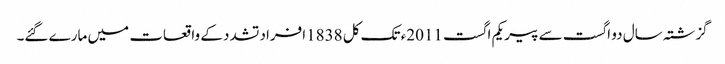
گزشتہ سال دو اگست سے پیر یکم اگست 2011ء تک کل 1838افراد تشدد کے واقعات میں مارے گئے۔